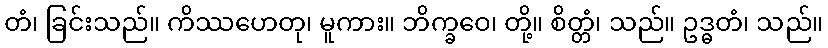
တံ၊ ခြင်းသည်။ ကိဿဟေတု၊ မူကား။ ဘိက္ခဝေ၊ တို့။ စိတ္တံ၊ သည်။ ဥဒ္ဓတံ၊ သည်။